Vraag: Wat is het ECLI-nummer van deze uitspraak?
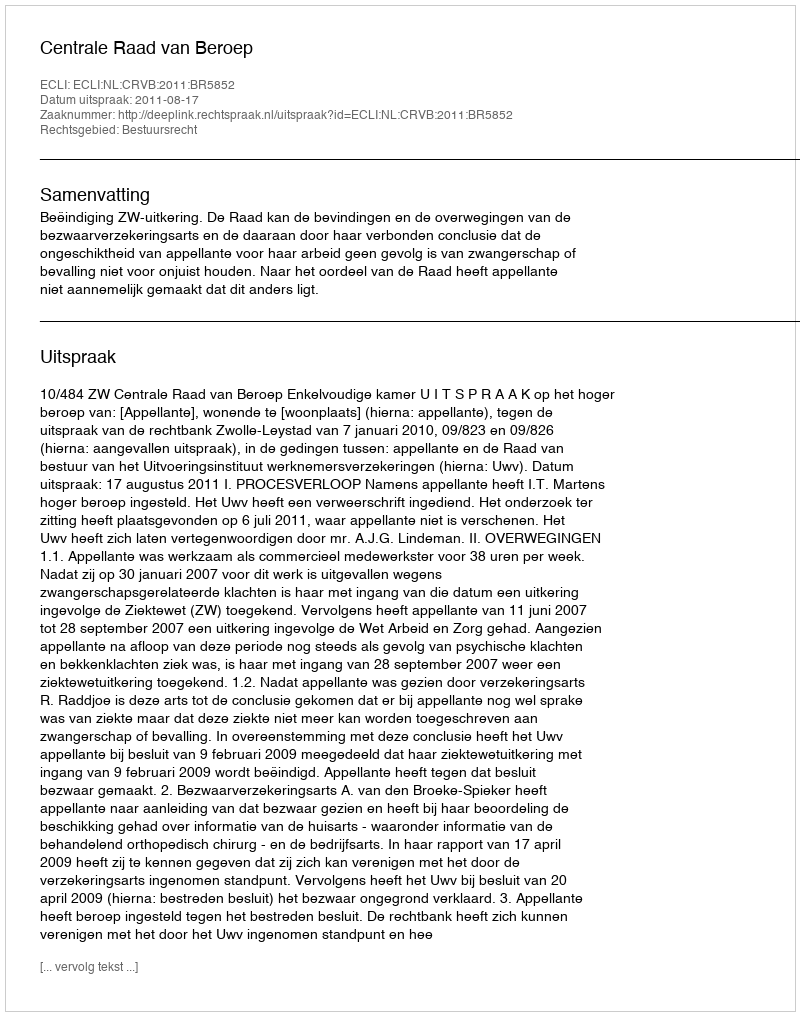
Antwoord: ECLI:NL:CRVB:2011:BR5852